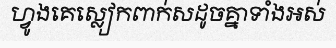
ហ្វូងគេស្លៀកពាក់សដូចគ្នាទាំងអស់